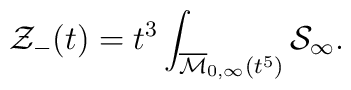
{\cal Z}_-(t)=t^3\int_{\overline{{\cal M}}_{0,\infty}(t^5)}{\cal S}_{\infty}.